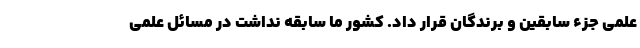
علمی جزء سابقین و برندگان قرار داد. کشور ما سابقه نداشت در مسائل علمی